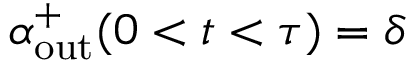
\alpha _ { \mathrm { o u t } } ^ { + } ( 0 < t < \tau ) = \delta